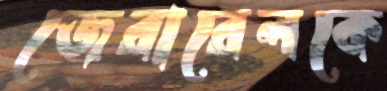
জেরারেলকে